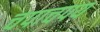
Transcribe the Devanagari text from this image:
चपाचपय